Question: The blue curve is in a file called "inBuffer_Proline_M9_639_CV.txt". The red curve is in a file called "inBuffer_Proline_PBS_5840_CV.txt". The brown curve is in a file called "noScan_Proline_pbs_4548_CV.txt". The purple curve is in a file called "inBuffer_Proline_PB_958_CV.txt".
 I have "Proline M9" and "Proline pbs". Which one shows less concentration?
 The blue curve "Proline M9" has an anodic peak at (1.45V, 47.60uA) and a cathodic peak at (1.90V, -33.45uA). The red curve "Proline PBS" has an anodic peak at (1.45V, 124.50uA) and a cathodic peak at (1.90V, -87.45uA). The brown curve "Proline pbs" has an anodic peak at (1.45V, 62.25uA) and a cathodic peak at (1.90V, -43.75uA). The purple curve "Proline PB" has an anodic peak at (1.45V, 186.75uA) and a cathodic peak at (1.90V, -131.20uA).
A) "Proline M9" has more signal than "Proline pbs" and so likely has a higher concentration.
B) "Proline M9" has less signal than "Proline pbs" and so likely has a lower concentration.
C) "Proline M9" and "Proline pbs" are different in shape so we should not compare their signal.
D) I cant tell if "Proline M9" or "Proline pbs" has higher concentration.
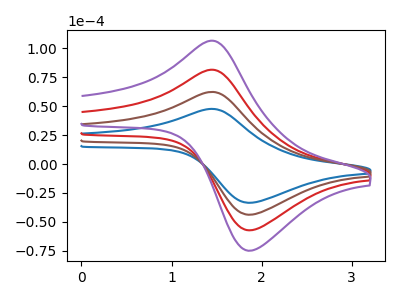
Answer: <think>All the peaks in "Proline M9" have a peak in "Proline pbs" at the same potential. Every peak in "Proline M9" is lower than every peak in "Proline pbs".
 </think>
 <answer>B) "Proline M9" has less signal than "Proline pbs" and so likely has a lower concentration.</answer>
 <eval>B</eval>